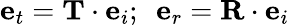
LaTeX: {\mathbf e}_{t}={\mathbf T}\cdot{\mathbf e}_{i};~~{\mathbf e}_{r}={\mathbf R}\cdot{\mathbf e}_{i}